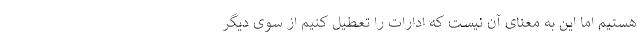
هستیم اما این به معنای آن نیست که ادارات را تعطیل کنیم از سوی دیگر